Malaria in the Andamans - Number 56
Disease focus: Malaria
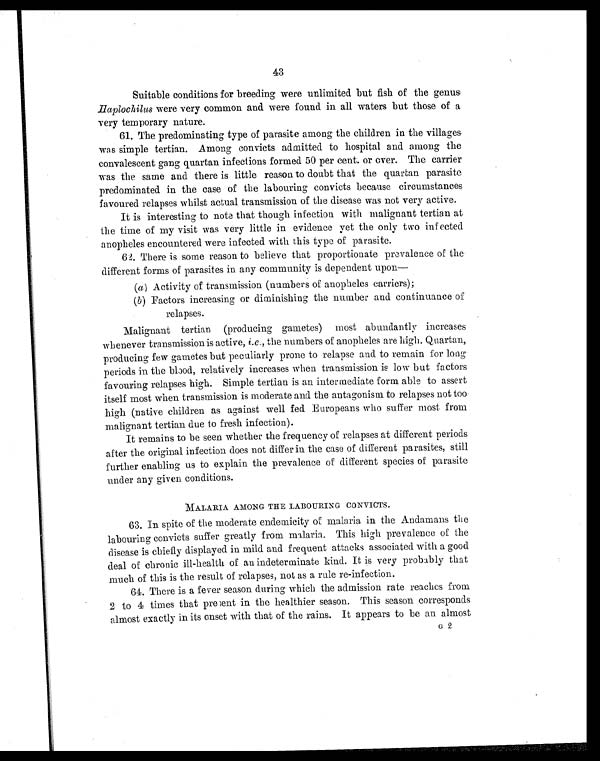
43
Suitable conditions for breeding were unlimited but fish of the genus
Haplochilus were very common and were found in all waters but those of a
very temporary nature.
61. The predominating type of parasite among the children in the villages
was simple tertian. Among convicts admitted to hospital and among the
convalescent gang quartan infections formed 50 per cent. or over. The carrier
was the same and there is little reason to doubt that the quartan parasite
predominated in the case of the labouring convicts because circumstances
favoured relapses whilst actual transmission of the disease was not very active.
It is interesting to note that though infection with malignant tertian at
the time of my visit was very little in evidence yet the only two infected
anopheles encountered were infected with this type of parasite.
62. There is some reason to believe that proportionate prevalence of the
different forms of parasites in any community is dependent upon—
( a ) A c t i v i t y o f t r a n s m i s s i o n ( n u m b e r s o f a n o p h e l e s c a r r i e r s ) ;
(b)Factors increasing or diminishing the number and continuance of
relapses.
Malignant tertian (producing gametes) most abundantly increases
whenever transmission is active, i.e ., the numbers of anopheles are high. Quartan,
producing few gametes but peculiarly prone to relapse and to remain for long
periods in the blood, relatively increases when transmission is low but factors
favouring relapses high. Simple tertian is an intermediate form able to assert
itself most when transmission is moderate and. the antagonism to relapses not too
high (native children as against well fed Europeans who surfer most from
malignant tertian due to fresh infection).
It remains to be seen whether the frequency of relapses at different periods
after the original infection does not differ in the case of different parasites, still
further enabling us to explain the prevalence of different species of parasite
under any given conditions.
MALARIA AMONG THE LABOURING CONVICTS.
63. In spite of the moderate endemicity of malaria in the Andamans the
labouring convicts suffer greatly from malaria. This high prevalence of the
disease is chiefly displayed in mild and frequent attacks associated with a good
deal of chronic ill-health of an indeterminate kind. It is very probably that
much of this is the result of relapses, not as a rule re-infection.
64. There is a fever season during which the admission rate reaches from
2 to 4 times that present in the healthier season. This season corresponds
almost exactly in its onset with that of the rains. It appears to be an almost
G 2